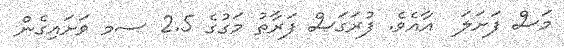
މަސް ފަށަލަ  އާއެވެ. ފުރަގަސް ފަރާތު މަގުގެ 2.5 ސމ ވަށައިގެން